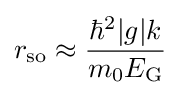
r_{\rm {so}}\approx {\frac {\hbar ^{2}|g|k}{m_{0}E_{\rm {G}}}}